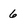
Character: 6